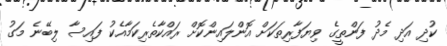
ކުދި އަދި މެދު ފަންތީގެ ވިޔަފާރިތަކަށް އޮންލައިންކޮށް ރައްކާތެރިކަމާއެކު ފައިސާ ލިބޭނެ މަގު